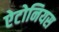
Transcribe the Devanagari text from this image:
ऐटोनियस